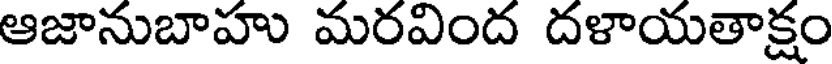
ఆజానుబాహు మరవింద దళాయతాక్షం